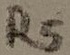
Text: R5